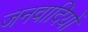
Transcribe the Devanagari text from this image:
जनवादियों